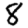
Digit: 8